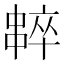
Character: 𠁸